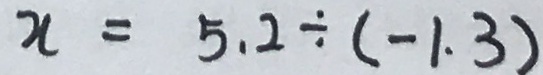
x = 5 . 2 \div ( - 1 . 3 )